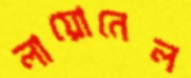
লায়োনেল